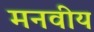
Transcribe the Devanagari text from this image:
मनवीय